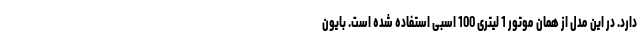
دارد. در این مدل از همان موتور 1 لیتری 100 اسبی استفاده شده است. بایون